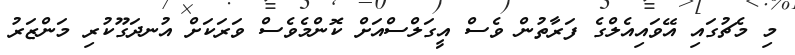
މި މެޗުގައި އޭވައިއެލްގެ ފަރާތުން ވެސް އީގަލްސްއަށް ކޮންމެވެސް ވަރަކަށް އުނދަގޫކުރި މަންޒަރު